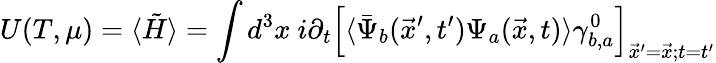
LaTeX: U(T,\mu)=\langle\tilde{H}\rangle=\int d^{3}x~i\partial_{t}\left[\langle\bar{\Psi}_{b}(\vec{x}^{\prime},t^{\prime})\Psi_{a}(\vec{x},t)\rangle\gamma_{b,a}^{0}\right]_{\vec{x}^{\prime}=\vec{x};t=t^{\prime}}